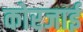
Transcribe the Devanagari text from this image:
कोरजाई